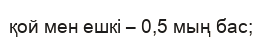
қой мен ешкі – 0,5 мың бас;